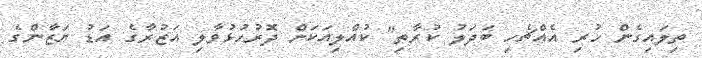
ތިލައިގެން ހުރި އެއްޗެހި ބަދަލު ކުރާތި" ކުއްލިއަކަށް ދޮރުހުޅުވާލި އަޒުރާގެ އަޑު ޔަޒާންގެ